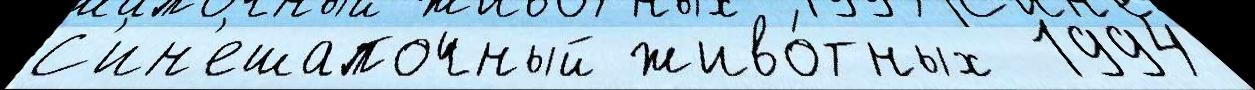
С'ин'ешапочный живо́тных  1994